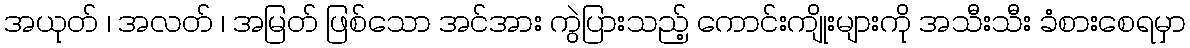
အယုတ် ၊ အလတ် ၊ အမြတ် ဖြစ်သော အင်အား ကွဲပြားသည့် ကောင်းကျိုးများကို အသီးသီး ခံစားစေရမှာ